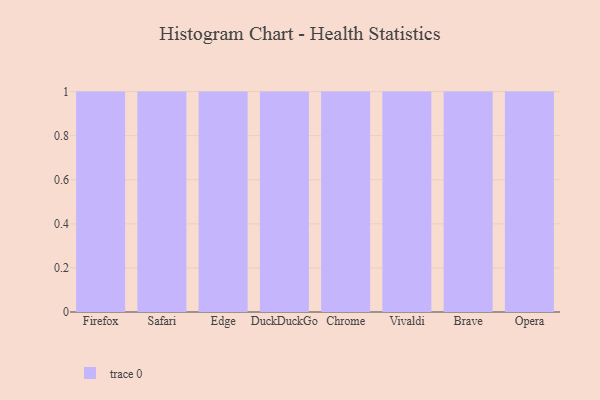
{"axis": {"x": "Browser", "y": "Headcount"}, "legend": [""], "data": [{"x": "Firefox", "y": 8, "type": ""}, {"x": "Safari", "y": 54, "type": ""}, {"x": "Edge", "y": 11, "type": ""}, {"x": "DuckDuckGo", "y": 72, "type": ""}, {"x": "Chrome", "y": 49, "type": ""}, {"x": "Vivaldi", "y": 17, "type": ""}, {"x": "Brave", "y": 3, "type": ""}, {"x": "Opera", "y": 23, "type": ""}]}